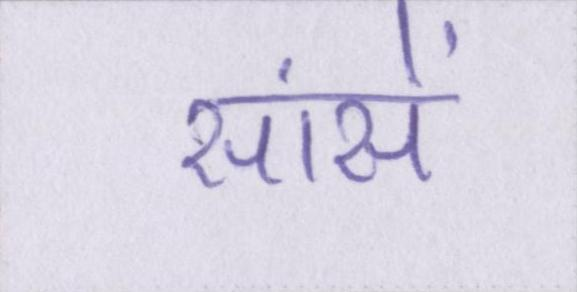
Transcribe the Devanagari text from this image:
सांसें